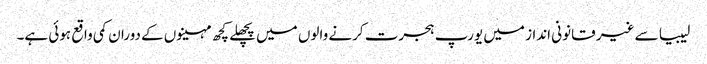
لیبیا سے غیر قانونی انداز میں یورپ ہجرت کرنے والوں میں پچھلے کچھ مہینوں کے دوران کمی واقع ہوئی ہے۔